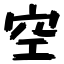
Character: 空